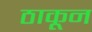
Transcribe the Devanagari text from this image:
ठाकून